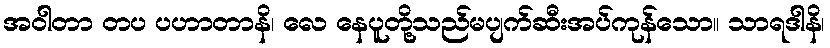
အဝါတာ တပ ပဟာတာနိ၊ လေ နေပူတို့သည်မပျက်ဆီးအပ်ကုန်သော။ သာရဒါနိ၊